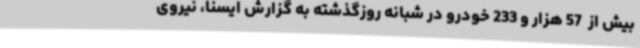
بیش از  57 هزار و 233 خودرو در شبانه روزگذشته به گزارش ایسنا، نیروی